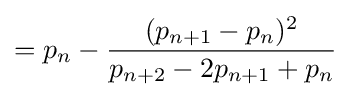
=p_{n}-{\frac {(p_{n+1}-p_{n})^{2}}{p_{n+2}-2p_{n+1}+p_{n}}}